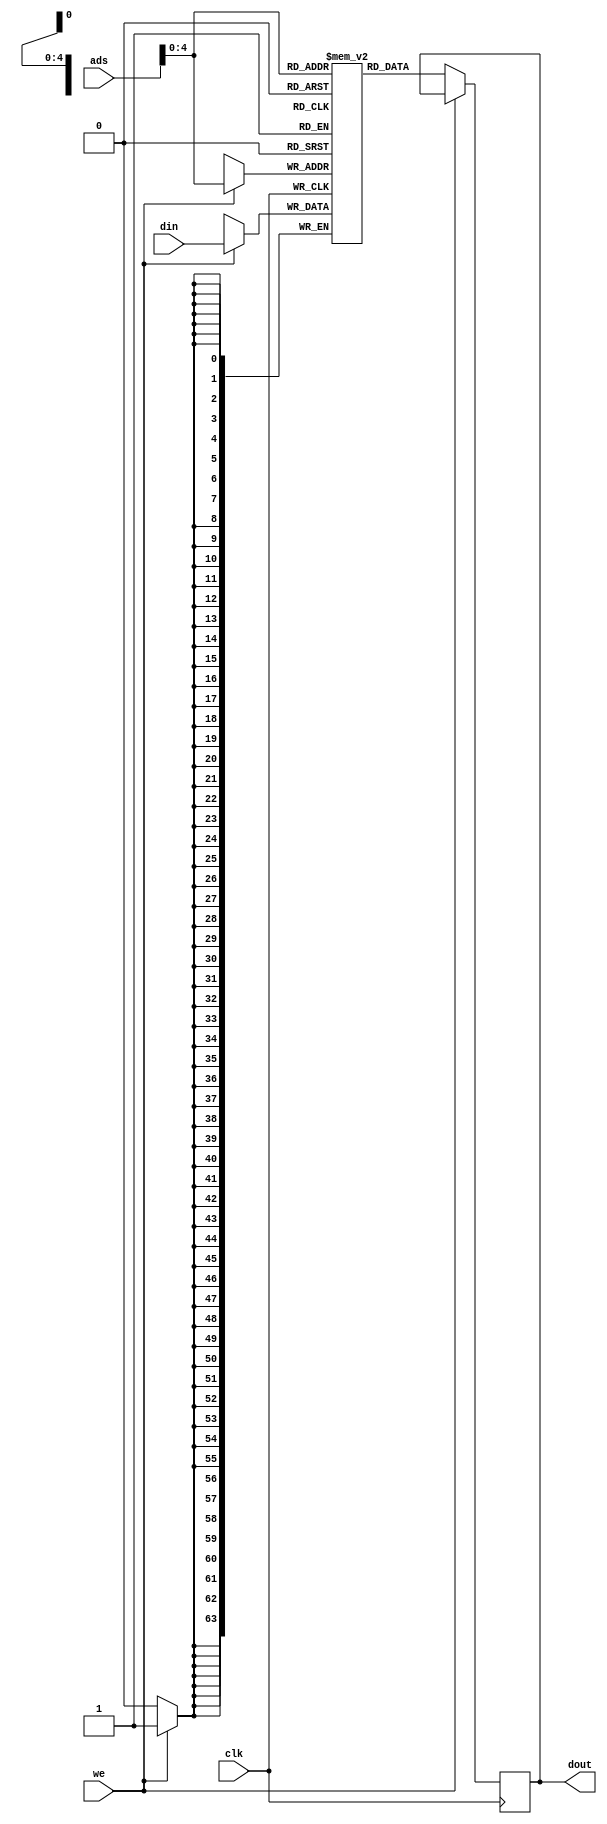
module memoria(ads, clk, we, din, dout);
  
input [5 :0] ads;
input clk;
input we;
input [63:0] din;
output reg [63:0] dout;
reg [63:0] registradores [31:0]; // Registradores

initial begin
    registradores[16] = 45;
end

always@(posedge clk) begin

    if (we)
        begin
          registradores[ads] <= din; // Escreve na memoria
        end
    else 
        begin
            dout <= registradores[ads]; // L a memoria
        end
end


endmodule